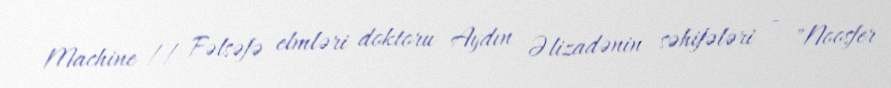
Machine // Fəlsəfə elmləri doktoru Aydın Əlizadənin səhifələri — "Noosfer